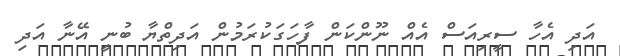
އަދި އެހާ ސީރިއަސް އެއް ނޫންކަން ފާހަގަކުރަމުން އަދިތްޔާ ބުނީ އޭނާ އަދި